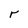
Character: r